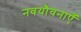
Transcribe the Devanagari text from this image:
नवयौवनाएँ